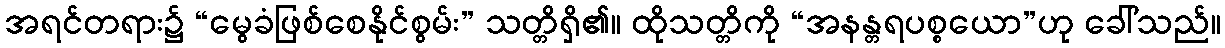
အရင်တရား၌ “မွေခံဖြစ်စေနိုင်စွမ်း” သတ္တိရှိ၏။ ထိုသတ္တိကို “အနန္တရပစ္စယော”ဟု ခေါ်သည်။